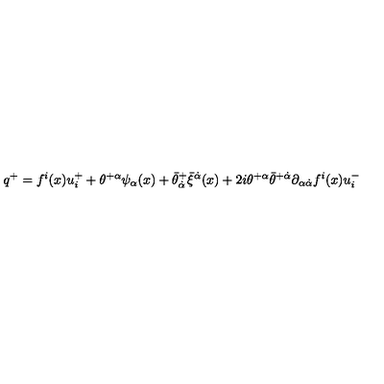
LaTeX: q ^ { + } = f ^ { i } ( x ) u _ { i } ^ { + } + \theta ^ { + \alpha } \psi _ { \alpha } ( x ) + \bar { \theta } _ { \dot { \alpha } } ^ { + } \bar { \xi } ^ { \dot { \alpha } } ( x ) + 2 i \theta ^ { + \alpha } \bar { \theta } ^ { + \dot { \alpha } } \partial _ { \alpha \dot { \alpha } } f ^ { i } ( x ) u _ { i } ^ { - }